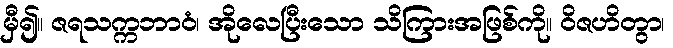
မှီ၍။ ဇရသက္ကဘာဝံ၊ အိုလေပြီးသော သိကြားအဖြစ်ကို။ ဝိဇဟိတွာ၊